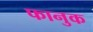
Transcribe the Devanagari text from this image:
फानुक